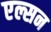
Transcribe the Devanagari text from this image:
एल्सन